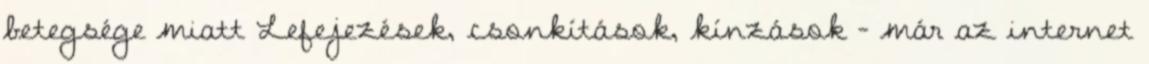
betegsége miatt Lefejezések, csonkítások, kínzások - már az internet